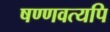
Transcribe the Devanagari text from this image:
षण्णवत्यपि